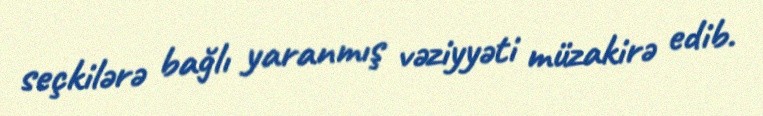
seçkilərə bağlı yaranmış vəziyyəti müzakirə edib.